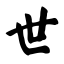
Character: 世